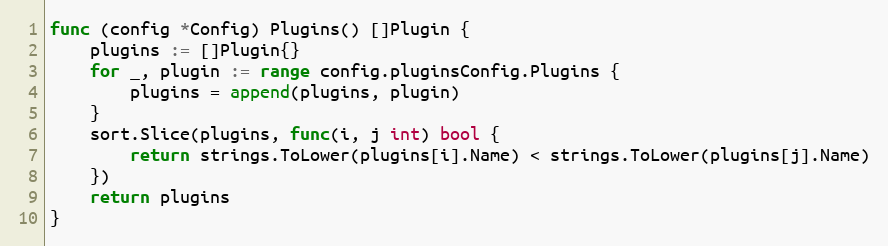
Language: Go
func (config *Config) Plugins() []Plugin {
	plugins := []Plugin{}
	for _, plugin := range config.pluginsConfig.Plugins {
		plugins = append(plugins, plugin)
	}
	sort.Slice(plugins, func(i, j int) bool {
		return strings.ToLower(plugins[i].Name) < strings.ToLower(plugins[j].Name)
	})
	return plugins
}